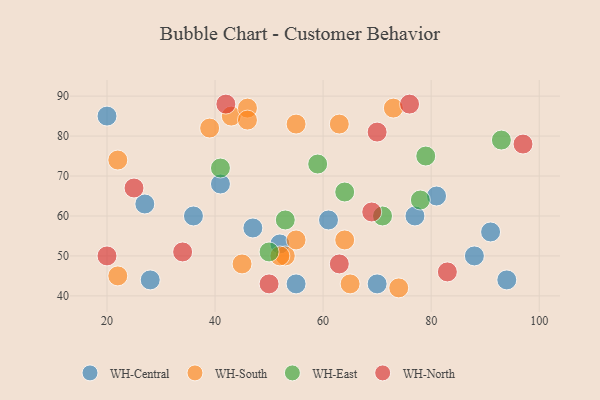
{"axis": {"x": "GDP", "y": "Life Expectancy"}, "legend": ["WH-Central", "WH-East", "WH-North", "WH-South"], "data": [{"x": "88", "y": 50, "type": "WH-Central"}, {"x": "81", "y": 65, "type": "WH-Central"}, {"x": "52", "y": 53, "type": "WH-Central"}, {"x": "28", "y": 44, "type": "WH-Central"}, {"x": "61", "y": 59, "type": "WH-Central"}, {"x": "36", "y": 60, "type": "WH-Central"}, {"x": "27", "y": 63, "type": "WH-Central"}, {"x": "55", "y": 43, "type": "WH-Central"}, {"x": "77", "y": 60, "type": "WH-Central"}, {"x": "91", "y": 56, "type": "WH-Central"}, {"x": "70", "y": 43, "type": "WH-Central"}, {"x": "94", "y": 44, "type": "WH-Central"}, {"x": "20", "y": 85, "type": "WH-Central"}, {"x": "41", "y": 68, "type": "WH-Central"}, {"x": "47", "y": 57, "type": "WH-Central"}, {"x": "64", "y": 54, "type": "WH-South"}, {"x": "43", "y": 85, "type": "WH-South"}, {"x": "46", "y": 87, "type": "WH-South"}, {"x": "45", "y": 48, "type": "WH-South"}, {"x": "53", "y": 50, "type": "WH-South"}, {"x": "39", "y": 82, "type": "WH-South"}, {"x": "46", "y": 84, "type": "WH-South"}, {"x": "63", "y": 83, "type": "WH-South"}, {"x": "55", "y": 83, "type": "WH-South"}, {"x": "74", "y": 42, "type": "WH-South"}, {"x": "52", "y": 50, "type": "WH-South"}, {"x": "65", "y": 43, "type": "WH-South"}, {"x": "22", "y": 74, "type": "WH-South"}, {"x": "55", "y": 54, "type": "WH-South"}, {"x": "22", "y": 45, "type": "WH-South"}, {"x": "73", "y": 87, "type": "WH-South"}, {"x": "53", "y": 59, "type": "WH-East"}, {"x": "79", "y": 75, "type": "WH-East"}, {"x": "64", "y": 66, "type": "WH-East"}, {"x": "93", "y": 79, "type": "WH-East"}, {"x": "50", "y": 51, "type": "WH-East"}, {"x": "41", "y": 72, "type": "WH-East"}, {"x": "71", "y": 60, "type": "WH-East"}, {"x": "78", "y": 64, "type": "WH-East"}, {"x": "59", "y": 73, "type": "WH-East"}, {"x": "42", "y": 88, "type": "WH-North"}, {"x": "20", "y": 50, "type": "WH-North"}, {"x": "63", "y": 48, "type": "WH-North"}, {"x": "25", "y": 67, "type": "WH-North"}, {"x": "70", "y": 81, "type": "WH-North"}, {"x": "97", "y": 78, "type": "WH-North"}, {"x": "69", "y": 61, "type": "WH-North"}, {"x": "50", "y": 43, "type": "WH-North"}, {"x": "76", "y": 88, "type": "WH-North"}, {"x": "34", "y": 51, "type": "WH-North"}, {"x": "83", "y": 46, "type": "WH-North"}]}